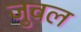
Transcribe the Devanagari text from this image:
जुवल